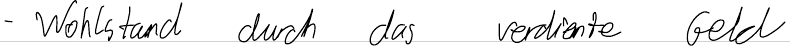
- Wohlstand durch das verdiente Geld